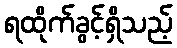
ရထိုက်ခွင့်ရှိသည့်